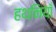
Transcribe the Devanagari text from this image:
हथनियाँ